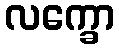
လက္ခော